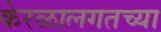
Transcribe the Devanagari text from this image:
केरळालगतच्या